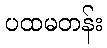
ပထမတန်း